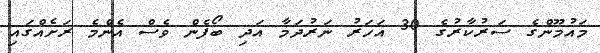
މައުމޫންގެ ސަރުކާރުގެ 30 އަހަރު ނަރުދަމާ އަދި ބޯފެން ވެސް އެންމެ ރަށެއްގައި